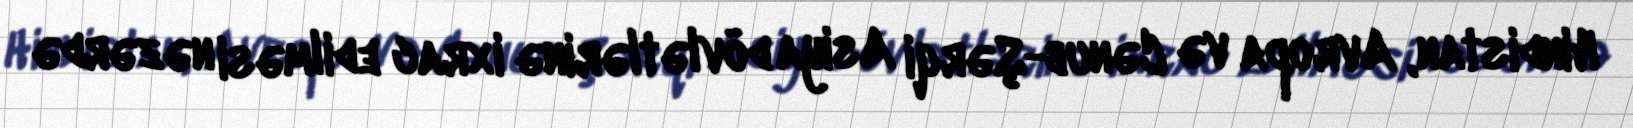
Hindistan, Avropa və Cənub-Şərqi Asiya dövlətlərinə ixrac edilməsi nəzərdə